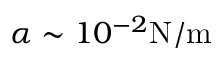
\alpha \sim 1 0 ^ { - 2 } \mathrm { N / m }